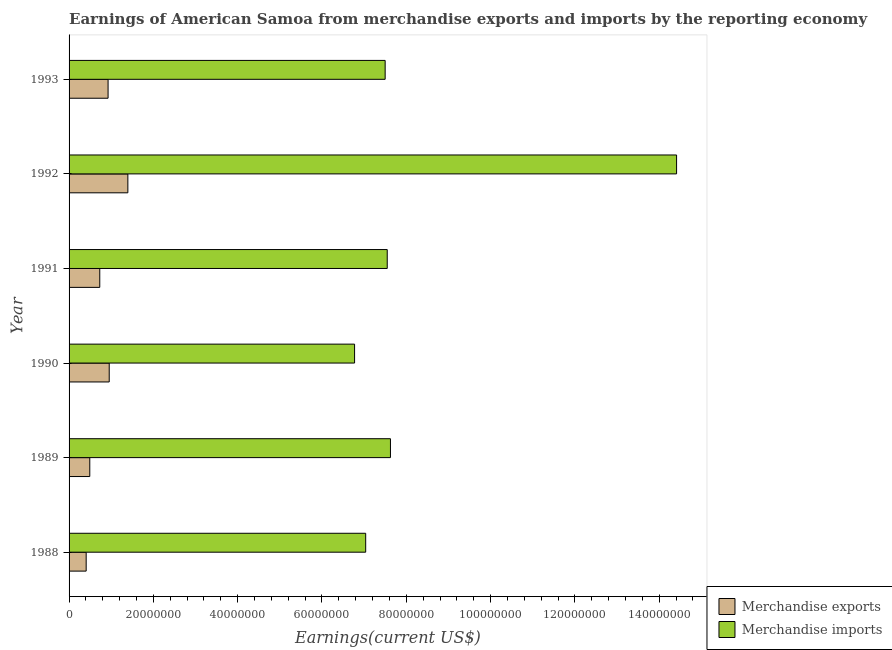
| Year | Merchandise exports | Merchandise imports |
 | --- | --- | --- |
 | 1988 | 4.06e+06 | 7.04e+07 |
 | 1989 | 4.91e+06 | 7.62e+07 |
 | 1990 | 9.52e+06 | 6.77e+07 |
 | 1991 | 7.28e+06 | 7.55e+07 |
 | 1992 | 1.39e+07 | 1.44e+08 |
 | 1993 | 9.25e+06 | 7.5e+07 |